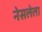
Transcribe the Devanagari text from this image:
नेसलेला